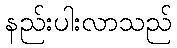
နည်းပါးလာသည်